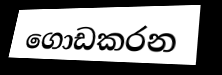
ගොඩකරන